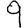
Digit: 9